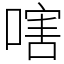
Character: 嗐